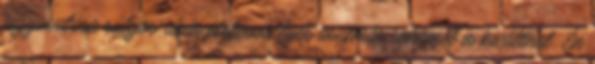
fogyasztása súlyos, akár életveszélyes asztmás rohamot is kiválthat. Én